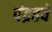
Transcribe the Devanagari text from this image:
पंद्रहवे